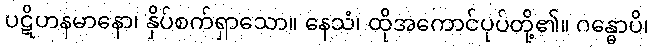
ပဋိဟနမာနော၊ နှိပ်စက်ရှာသော။ နေသံ၊ ထိုအကောင်ပုပ်တို့၏။ ဂန္ဓောပိ၊